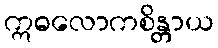
ဣဓလောကစိန္တာယ